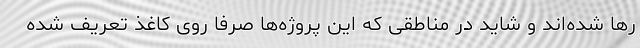
رها شده‌اند و شاید در مناطقی که این پروژه‌ها صرفا روی کاغذ تعریف شده